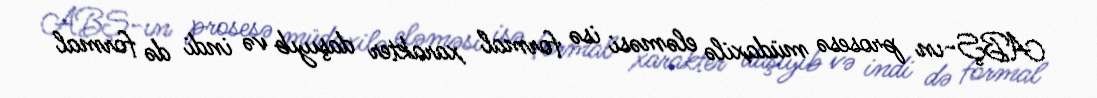
ABŞ-ın prosesə müdaxilə eləməsi isə formal xarakter daşıyıb və indi də formal